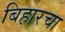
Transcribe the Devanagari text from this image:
बिहारचा